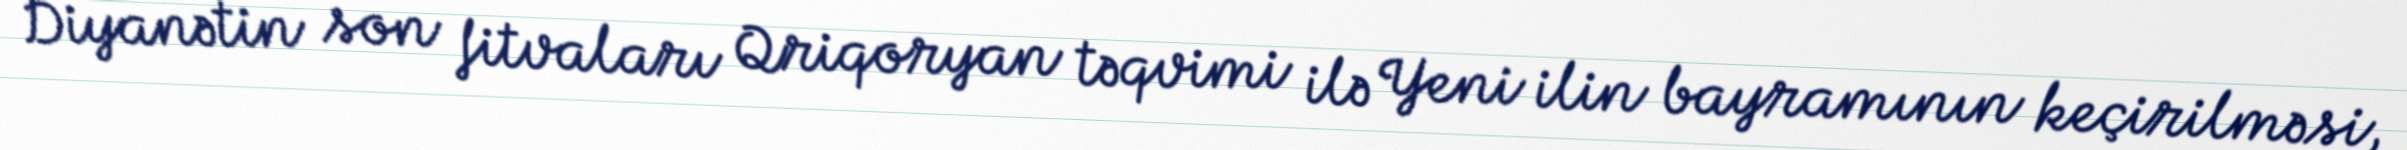
Diyanətin son fitvaları Qriqoryan təqvimi ilə Yeni ilin bayramının keçirilməsi,